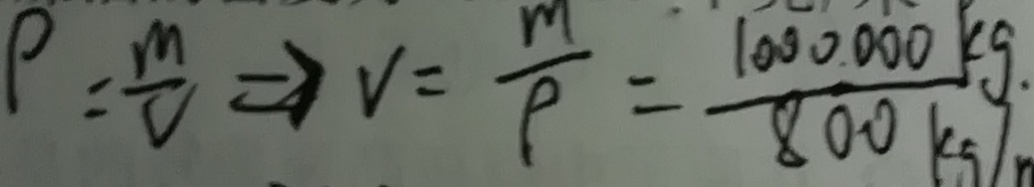
P = \frac { m } { V } \Rightarrow v = \frac { m } { \rho } = \frac { 1 0 0 0 0 0 0 k g \cdot } { 8 0 0 k g / }